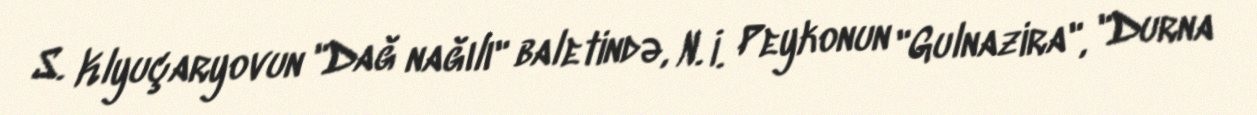
S. Klyuçaryovun "Dağ nağılı" baletində, N. İ. Peykonun "Gulnazira", "Durna